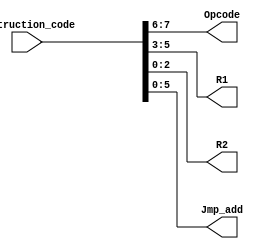


module ID_block(
  input [7:0] Instruction_code,
  output [1:0] Opcode,
  output [2:0] R1, 
  output [2:0] R2,
  output [5:0] Jmp_add);
  
  assign Opcode = Instruction_code[7:6];
  assign R1 = Instruction_code[5:3];
  assign R2 = Instruction_code[2:0];
  assign Jmp_add = Instruction_code[5:0];
  
endmodule